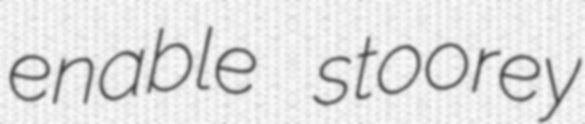
enable stoorey